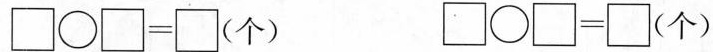
$$\Box \circ \Box = \Box（个）$$ $$\Box \circ \Box = \Box（个）$$